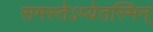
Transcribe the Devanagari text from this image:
समस्तेऽप्येतस्मिन्